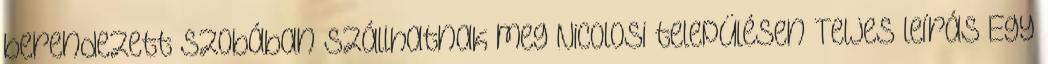
berendezett szobában szállhatnak meg Nicolosi településen Teljes leírás Egy